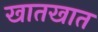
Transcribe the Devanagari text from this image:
खातखात